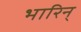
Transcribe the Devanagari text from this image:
भारिन्‌